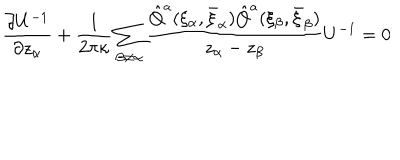
\frac { \partial U ^ { - 1 } } { \partial z _ { \alpha } } + \frac { 1 } { 2 \pi \kappa } \sum _ { \beta \neq \alpha } \frac { \hat { Q } ^ { a } ( \xi _ { \alpha } , \bar { \xi } _ { \alpha } ) \hat { Q } ^ { a } ( \xi _ { \beta } , \bar { \xi } _ { \beta } ) } { z _ { \alpha } - z _ { \beta } } U ^ { - 1 } = 0